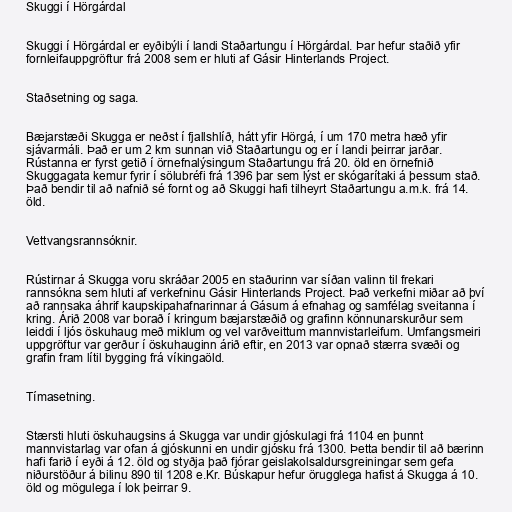
Skuggi í Hörgárdal

Skuggi í Hörgárdal er eyðibýli í landi Staðartungu í Hörgárdal. Þar hefur staðið yfir
fornleifauppgröftur frá 2008 sem er hluti af Gásir Hinterlands Project.

Staðsetning og saga.

Bæjarstæði Skugga er neðst í fjallshlíð, hátt yfir Hörgá, í um 170 metra hæð yfir
sjávarmáli. Það er um 2 km sunnan við Staðartungu og er í landi þeirrar jarðar.
Rústanna er fyrst getið í örnefnalýsingum Staðartungu frá 20. öld en örnefnið
Skuggagata kemur fyrir í sölubréfi frá 1396 þar sem lýst er skógarítaki á þessum stað.
Það bendir til að nafnið sé fornt og að Skuggi hafi tilheyrt Staðartungu a.m.k. frá 14.
öld.

Vettvangsrannsóknir.

Rústirnar á Skugga voru skráðar 2005 en staðurinn var síðan valinn til frekari
rannsókna sem hluti af verkefninu Gásir Hinterlands Project. Það verkefni miðar að því
að rannsaka áhrif kaupskipahafnarinnar á Gásum á efnahag og samfélag sveitanna í
kring. Árið 2008 var borað í kringum bæjarstæðið og grafinn könnunarskurður sem
leiddi í ljós öskuhaug með miklum og vel varðveittum mannvistarleifum. Umfangsmeiri
uppgröftur var gerður í öskuhauginn árið eftir, en 2013 var opnað stærra svæði og
grafin fram lítil bygging frá víkingaöld.

Tímasetning.

Stærsti hluti öskuhaugsins á Skugga var undir gjóskulagi frá 1104 en þunnt
mannvistarlag var ofan á gjóskunni en undir gjósku frá 1300. Þetta bendir til að bærinn
hafi farið í eyði á 12. öld og styðja það fjórar geislakolsaldursgreiningar sem gefa
niðurstöður á bilinu 890 til 1208 e.Kr. Búskapur hefur örugglega hafist á Skugga á 10.
öld og mögulega í lok þeirrar 9.